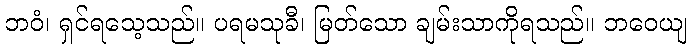
ဘဝံ၊ ရှင်ရသေ့သည်။ ပရမသုခီ၊ မြတ်သော ချမ်းသာကိုရသည်။ ဘဝေယျ